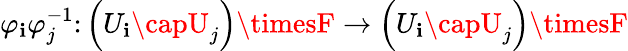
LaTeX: \varphi_{\mathbf{i}}\varphi_{j}^{-1}\colon\left(U_{\mathbf{i}}\capU_{j}\right)\timesF\to\left(U_{\mathbf{i}}\capU_{j}\right)\timesF